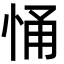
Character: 悀